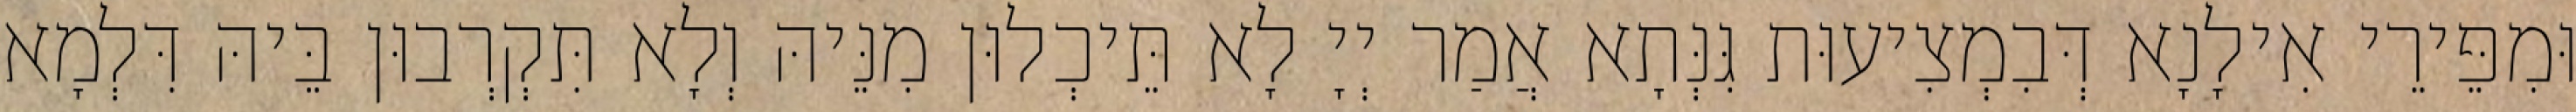
וּמִפֵּירֵי אִילָנָא דְּבִמְצִיעוּת גִּנְּתָא אֲמַר יְיָ לָא תֵּיכְלוּן מִנֵּיהּ וְלָא תִּקְרְבוּן בֵּיהּ דִּלְמָא